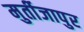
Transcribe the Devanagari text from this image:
मुर्तीजापुर